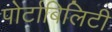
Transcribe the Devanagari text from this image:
पोर्टाबिलिटी